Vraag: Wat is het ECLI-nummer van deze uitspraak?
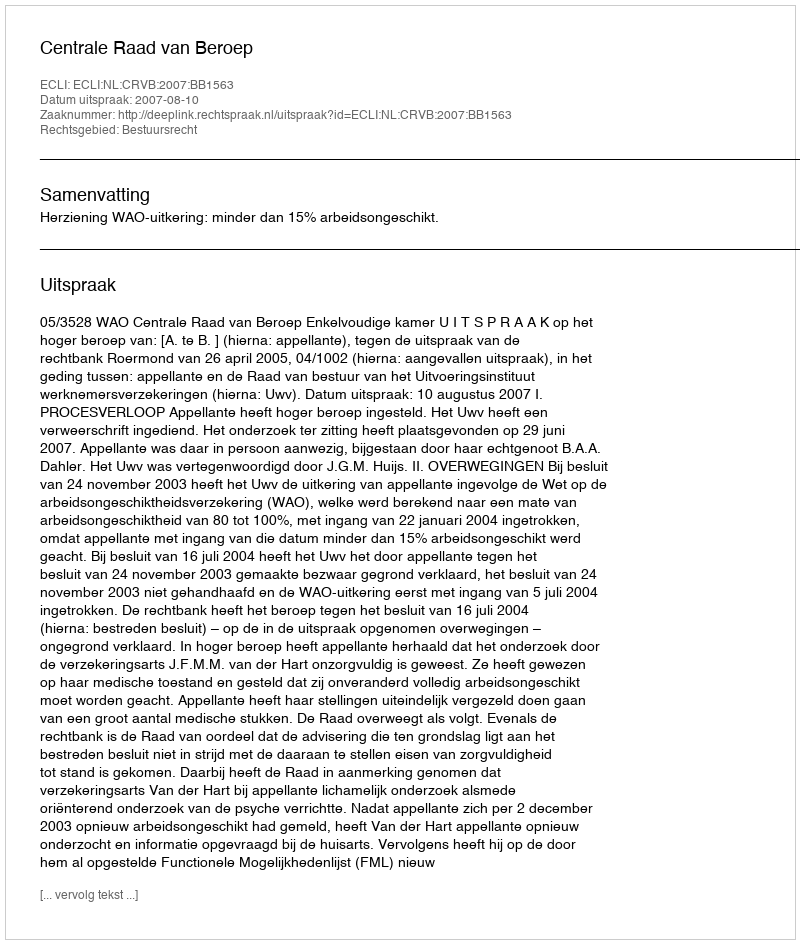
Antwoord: ECLI:NL:CRVB:2007:BB1563